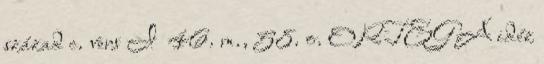
század c. vers I 46. m., 58. o. ORTEGA idéz